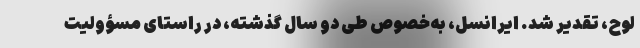
لوح، تقدیر شد. ایرانسل، به‌خصوص طی دو سال گذشته، در راستای مسؤولیت